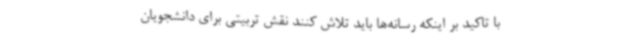
با تاکید بر اینکه رسانه‌ها باید تلاش کنند نقش تربیتی برای دانشجویان